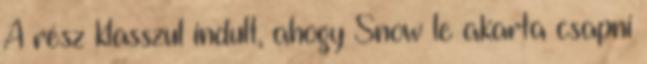
A rész klasszul indult, ahogy Snow le akarta csapni